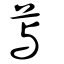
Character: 藇